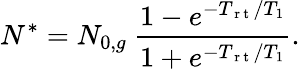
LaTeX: N^{*}=N_{0,g}\ \frac{1-e^{-T_{\mathrm{~r~t~}}/T_{1}}}{1+e^{-T_{\mathrm{~r~t~}}/T_{1}}}.